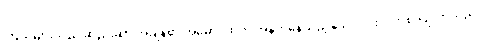
ကြယ်များသည် ဆည်းဆာ အချိန်၏ အမှောင်ထုကို အန်တုနေသည့်နှယ် လင်းလက်စ ပြုလာသည်။